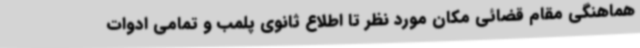
هماهنگی مقام قضائی مکان مورد نظر تا اطلاع ثانوی پلمب و تمامی ادوات